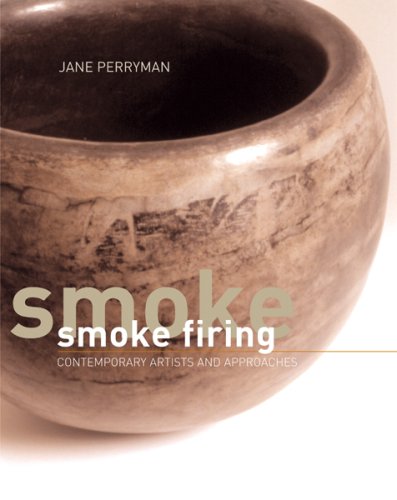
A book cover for Smoke Firing: Contemporary Artists and Approaches; Jane Perryman; Crafts, Hobbies & Home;